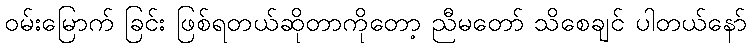
ဝမ်းမြောက် ခြင်း ဖြစ်ရတယ်ဆိုတာကိုတော့ ညီမတော် သိစေချင် ပါတယ်နော်